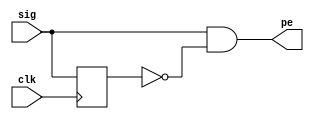
//https://www.chipverify.com/verilog/verilog-positive-edge-detector



module pos_edge_det ( input sig,            // Input signal for which positive edge has to be detected
                      input clk,            // Input signal for clock
                      output pe);           // Output signal that gives a pulse when a positive edge occurs
 
    reg   sig_dly;                          // Internal signal to store the delayed version of signal
 
    // This always block ensures that sig_dly is exactly 1 clock behind sig
  always @ (posedge clk) begin
    sig_dly <= sig;
  end
 
    // Combinational logic where sig is AND with delayed, inverted version of sig
    // Assign statement assigns the evaluated expression in the RHS to the internal net pe
  assign pe = sig & ~sig_dly;            
endmodule